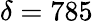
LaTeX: \delta=785